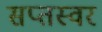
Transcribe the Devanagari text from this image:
सप्तस्वर